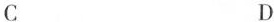
C D